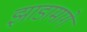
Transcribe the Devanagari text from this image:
झाडामागे